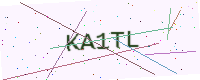
Text: KA1TL